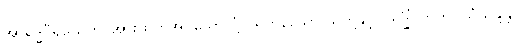
အာရဒ္ဓဝီရိယေဟိ၊ အားထုတ်အပ်သောလုံ့လရှိကုန်သော သူတို့နှင့်။ သဒ္ဓိံ၊ တကွ။ သံသန္ဒန္တိ၊